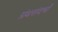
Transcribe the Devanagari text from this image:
ग्रंथसंदर्भों